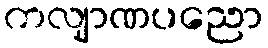
ကလျာဏပညော